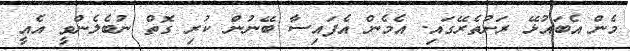
މެން އެބައުޅޭ ރަށުތެރޭގައި. އެމެން އެފައިސާ ބޭނުން ކުރި ގޮތް ނުބެލެންވީ އެއީ